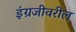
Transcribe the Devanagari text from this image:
इंग्रजीवरील